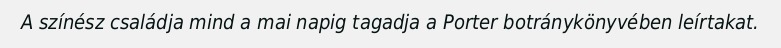
A színész családja mind a mai napig tagadja a Porter botránykönyvében leírtakat.